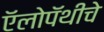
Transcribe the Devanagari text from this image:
ऍलोपॅथीचे